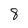
Character: 8